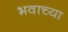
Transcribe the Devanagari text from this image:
भवाच्या